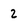
Character: 2